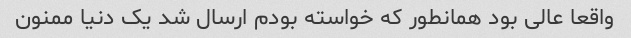
واقعا عالی بود همانطور که خواسته بودم ارسال شد یک دنیا ممنون